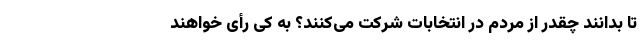
تا بدانند چقدر از مردم در انتخابات شرکت می‌کنند؟ به کی رأی خواهند